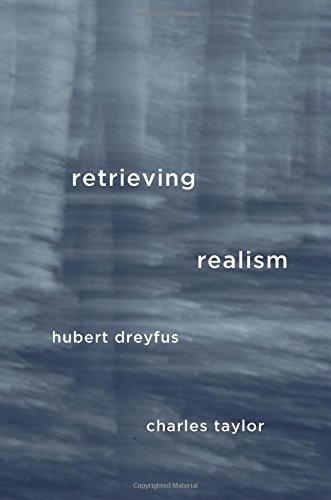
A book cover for Retrieving Realism; Hubert Dreyfus; Politics & Social Sciences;